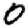
Digit: 0